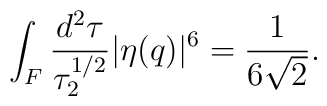
\int _{F} \frac{d^{2} \tau}{\tau _{2}^{1/2}} |\eta (q)|^{6} = \frac{1}{6\sqrt{2}} .